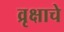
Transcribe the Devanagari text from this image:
व्रृक्षाचे